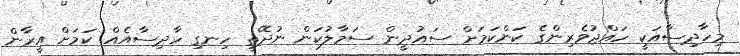
މިހާދިސާއަކީ ހައްޖުވެރިންގެ ކަންކަމަށް ސައުދީން ސަމާލުކަން ނުދޭތީ ހިނގި ހާދިސާއެއް ކަމަށް އީރާން